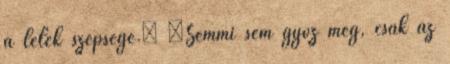
a lélek szépsége.” „Semmi sem győz meg, csak az